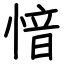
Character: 愔